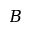
\boldsymbol { B }